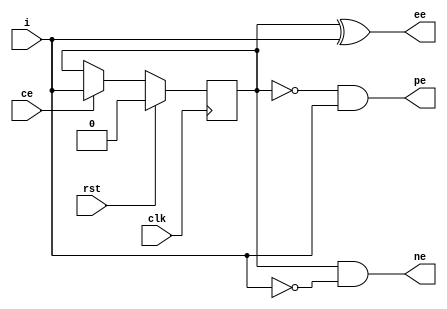
// ============================================================================
//	(C) 2007,2013  Robert Finch
//  All rights reserved.
//	robfinch@<remove>finitron.ca
//
//	edge_det.v
//
// Redistribution and use in source and binary forms, with or without
// modification, are permitted provided that the following conditions are met:
//     * Redistributions of source code must retain the above copyright
//       notice, this list of conditions and the following disclaimer.
//     * Redistributions in binary form must reproduce the above copyright
//       notice, this list of conditions and the following disclaimer in the
//       documentation and/or other materials provided with the distribution.
//     * Neither the name of the <organization> nor the
//       names of its contributors may be used to endorse or promote products
//       derived from this software without specific prior written permission.
//
// THIS SOFTWARE IS PROVIDED BY THE COPYRIGHT HOLDERS AND CONTRIBUTORS "AS IS" AND
// ANY EXPRESS OR IMPLIED WARRANTIES, INCLUDING, BUT NOT LIMITED TO, THE IMPLIED
// WARRANTIES OF MERCHANTABILITY AND FITNESS FOR A PARTICULAR PURPOSE ARE
// DISCLAIMED. IN NO EVENT SHALL <COPYRIGHT HOLDER> BE LIABLE FOR ANY
// DIRECT, INDIRECT, INCIDENTAL, SPECIAL, EXEMPLARY, OR CONSEQUENTIAL DAMAGES
// (INCLUDING, BUT NOT LIMITED TO, PROCUREMENT OF SUBSTITUTE GOODS OR SERVICES;
// LOSS OF USE, DATA, OR PROFITS; OR BUSINESS INTERRUPTION) HOWEVER CAUSED AND
// ON ANY THEORY OF LIABILITY, WHETHER IN CONTRACT, STRICT LIABILITY, OR TORT
// (INCLUDING NEGLIGENCE OR OTHERWISE) ARISING IN ANY WAY OUT OF THE USE OF THIS
// SOFTWARE, EVEN IF ADVISED OF THE POSSIBILITY OF SUCH DAMAGE.
//
//    Notes:
//
//	Edge detector
//	This little core detects an edge (positive, negative, and
//	either) in the input signal.
//
//   	Verilog 1995
// ============================================================================

module edge_det(rst, clk, ce, i, pe, ne, ee);
input rst;		// reset
input clk;		// clock
input ce;		// clock enable
input i;		// input signal
output pe;		// positive transition detected
output ne;		// negative transition detected
output ee;		// either edge (positive or negative) transition detected

reg ed;
always @(posedge clk)
	if (rst)
		ed <= 1'b0;
	else if (ce)
		ed <= i;

assign pe = ~ed & i;	// positive: was low and is now high
assign ne = ed & ~i;	// negative: was high and is now low
assign ee = ed ^ i;		// either: signal is now opposite to what it was
	
endmodule